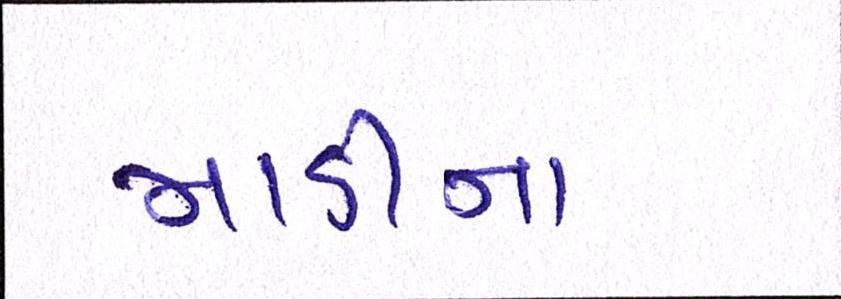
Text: માડીના